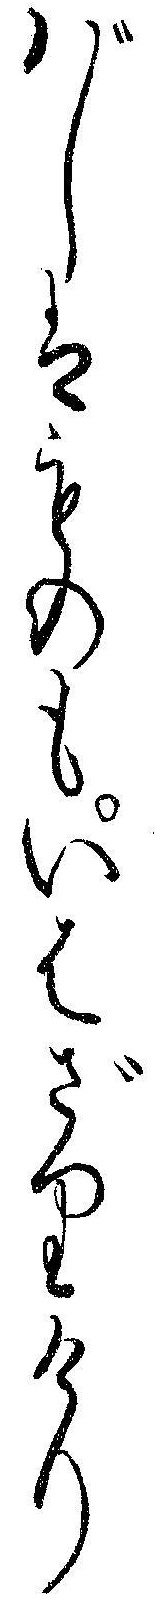
バしはものもいはざりけり